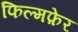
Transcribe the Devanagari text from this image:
फिल्मफ़ेर